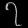
Digit: ၇